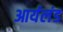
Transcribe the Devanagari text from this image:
आर्यलंड